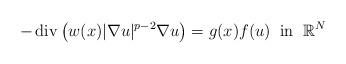
LaTeX: \begin{align*}-\operatorname{div}\big(w(x)|\nabla u|^{p-2}\nabla u\big)=g(x)f(u)\;\;\mbox{in}\;\;\mathbb R^N\end{align*}